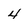
Character: 4